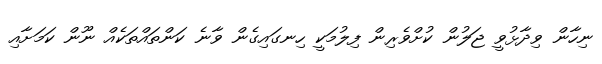
ނިހާން ވިދާޅުވީ ޖަލުން ކުށްވެރިން ފިލުމަކީ ހިނގައިގެން ވާނެ ކަންތައްތަކެއް ނޫން ކަމަށާއި